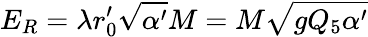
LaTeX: E_{R}=\lambda r_{0}^{\prime}\sqrt{\alpha^{\prime}}M=M\sqrt{gQ_{5}\alpha^{\prime}}